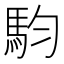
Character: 𮹁